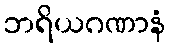
ဘရိယဂဏာနံ